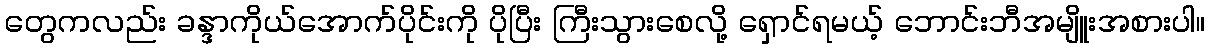
တွေကလည်း ခန္ဒာကိုယ်အောက်ပိုင်းကို ပိုပြီး ကြီးသွားစေလို့ ရှောင်ရမယ့် ဘောင်းဘီအမျိူးအစားပါ။